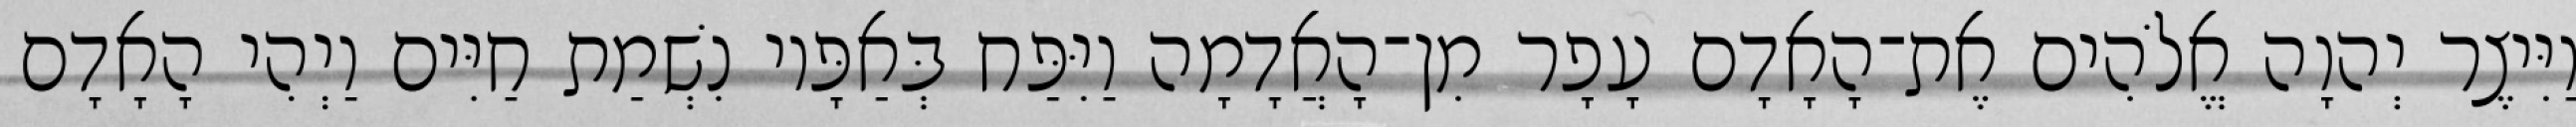
וַיִּיצֶר יְהוָה אֱלֹהִים אֶת־הָאָדָם עָפָר מִן־הָאֲדָמָה וַיִּפַּח בְּאַפָּיו נִשְׁמַת חַיִּים וַיְהִי הָאָדָם